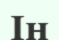
Ін